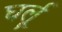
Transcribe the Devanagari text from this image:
घर्लू